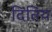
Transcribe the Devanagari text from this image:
दितिय